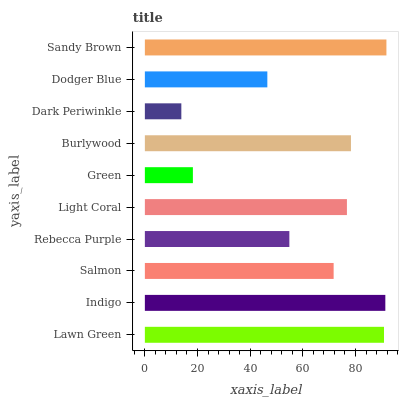
| yaxis_label | bars |
 | --- | --- |
 | Lawn Green | 90.8 |
 | Indigo | 91.3 |
 | Salmon | 71.7 |
 | Rebecca Purple | 54.9 |
 | Light Coral | 76.7 |
 | Green | 18.2 |
 | Burlywood | 78.3 |
 | Dark Periwinkle | 13.9 |
 | Dodger Blue | 46.5 |
 | Sandy Brown | 91.7 |